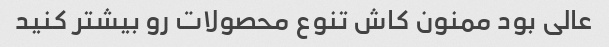
عالی بود ممنون کاش تنوع محصولات رو بیشتر کنید